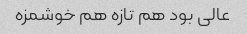
عالی بود هم تازه هم خوشمزه